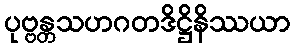
ပုဗ္ဗန္တသဟဂတဒိဋ္ဌိနိဿယာ